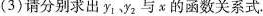
(3)请分别求出y_{1},y_{2}与x的函数关系式.